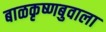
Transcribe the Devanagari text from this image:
बाळकृष्णबुवाला